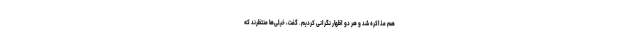
هم مذاكره شد و هر دو اظهار نگرانى كردیم. گفت، خیلى‌ها منتظرند كه